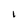
Character: l